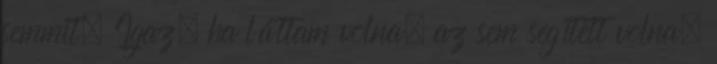
semmit. Igaz, ha láttam volna, az sem segített volna,